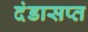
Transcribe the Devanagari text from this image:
दंडासप्त